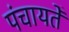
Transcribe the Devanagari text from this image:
पंचायतेँ